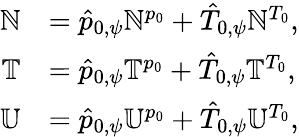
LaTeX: \begin{array}{rl}{\mathbb{N}}&{=\hat{p}_{0,\psi}\mathbb{N}^{p_{0}}+\hat{T}_{0,\psi}\mathbb{N}^{T_{0}},}\\ {\mathbb{T}}&{=\hat{p}_{0,\psi}\mathbb{T}^{p_{0}}+\hat{T}_{0,\psi}\mathbb{T}^{T_{0}},}\\ {\mathbb{U}}&{=\hat{p}_{0,\psi}\mathbb{U}^{p_{0}}+\hat{T}_{0,\psi}\mathbb{U}^{T_{0}},}\end{array}